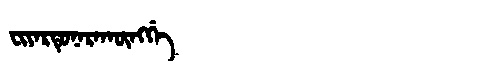
Manchu: ᠸᡳᠶᠠᡵᡨᡠᠨᠠᡵᠠᡴᡡᠩᡤᡝ
Romanization: FIYARTUNARAKŪNGGE